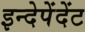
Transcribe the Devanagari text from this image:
इन्देपेंदेंट